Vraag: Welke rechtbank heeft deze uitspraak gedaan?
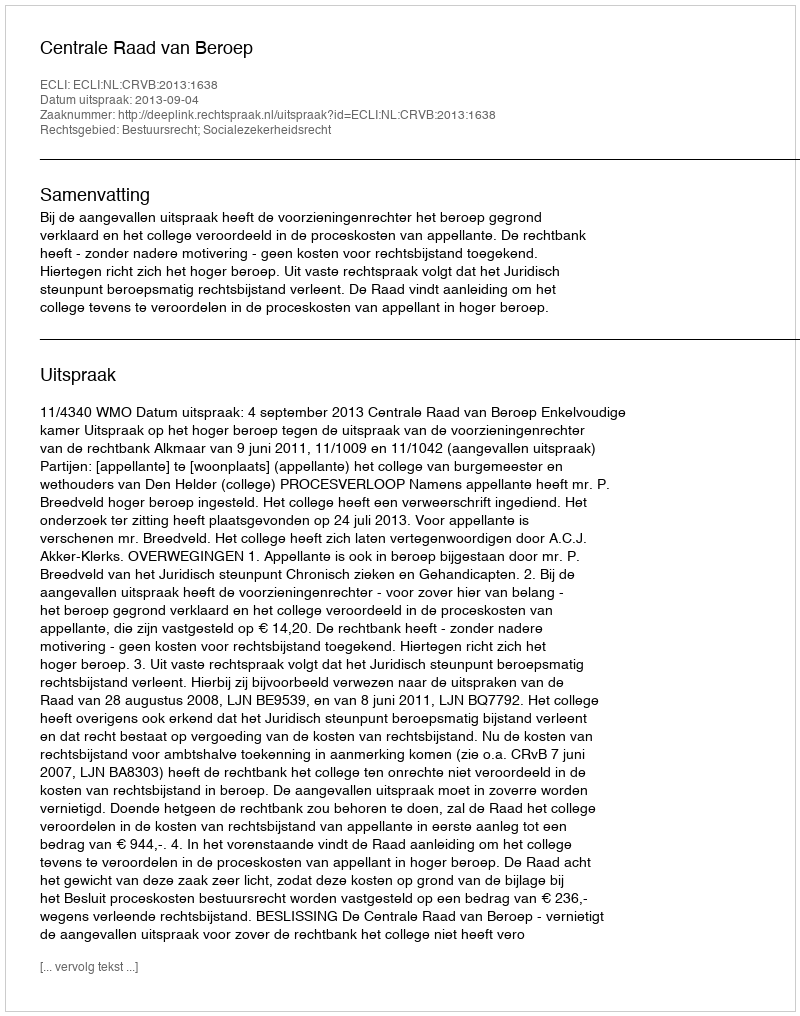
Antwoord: Centrale Raad van Beroep